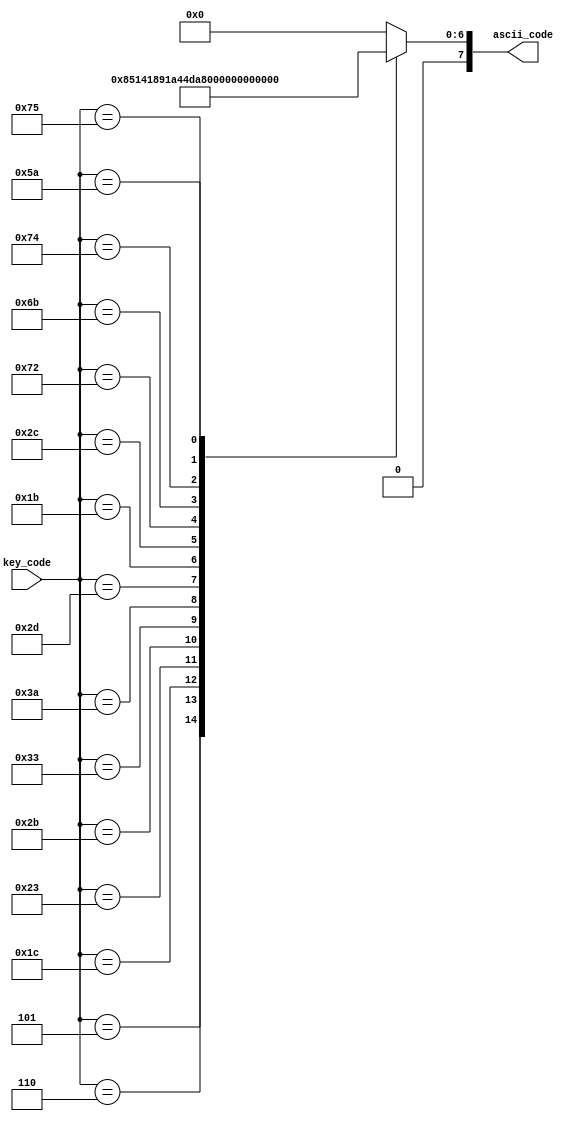
`timescale 1ns / 1ps
//////////////////////////////////////////////////////////////////////////////////
// Company: 
// 
// Design Name: 
// Module Name:    keycode_to_ascii 
// Project Name: 
// Target Devices: 
// Tool versions: 
// Description: Circuito combinacional que decodifica el cdigo de tecla a cdigo ASCII
//
// Dependencies: 
//
// Revision: 
// Revision 0.01 - File Created
// Additional Comments: 
//
//////////////////////////////////////////////////////////////////////////////////
module keycode_to_ascii
(
input wire [7:0] key_code,
output reg [7:0] ascii_code
);

always@*
begin

	case(key_code)
		8'h05: ascii_code = 8'h21;//F1(!) Reset del rtc
		8'h06: ascii_code = 8'h22;//F2(")
		8'h1c: ascii_code = 8'h41;//A Salida de configuracion sin configurar
		8'h23: ascii_code = 8'h44;//D Apagar alarma del timer
		8'h2b: ascii_code = 8'h46;//F entrar en configuracion fecha
		8'h33: ascii_code = 8'h48;//H entra en configuracion hora
		8'h3a: ascii_code = 8'h4d;//M
		8'h2d: ascii_code = 8'h52;//R 
		8'h1b: ascii_code = 8'h53;//S cambiar formato hora
		8'h2c: ascii_code = 8'h54;//T entra en configuracion timer
		8'h72: ascii_code = 8'h35;//flecha abajo (5) 
		8'h6b: ascii_code = 8'h34;//flecha izquierda (4) 
		8'h74: ascii_code = 8'h36;//flecha derecha (6)
		8'h75: ascii_code = 8'h38;//flecha arriba (8)
		8'h5a: ascii_code = 8'h0d;//Enter
		default ascii_code = 8'b0;//NULL char
	endcase
end


endmodule